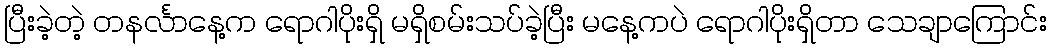
ပြီးခဲ့တဲ့ တနင်္လာနေ့က ရောဂါပိုးရှိ မရှိစမ်းသပ်ခဲ့ပြီး မနေ့ကပဲ ရောဂါပိုးရှိတာ သေချာကြောင်း